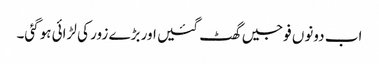
اب دونوں فوجیں گھٹ گئیں اور بڑے زور کی لڑائی ہوگئی۔